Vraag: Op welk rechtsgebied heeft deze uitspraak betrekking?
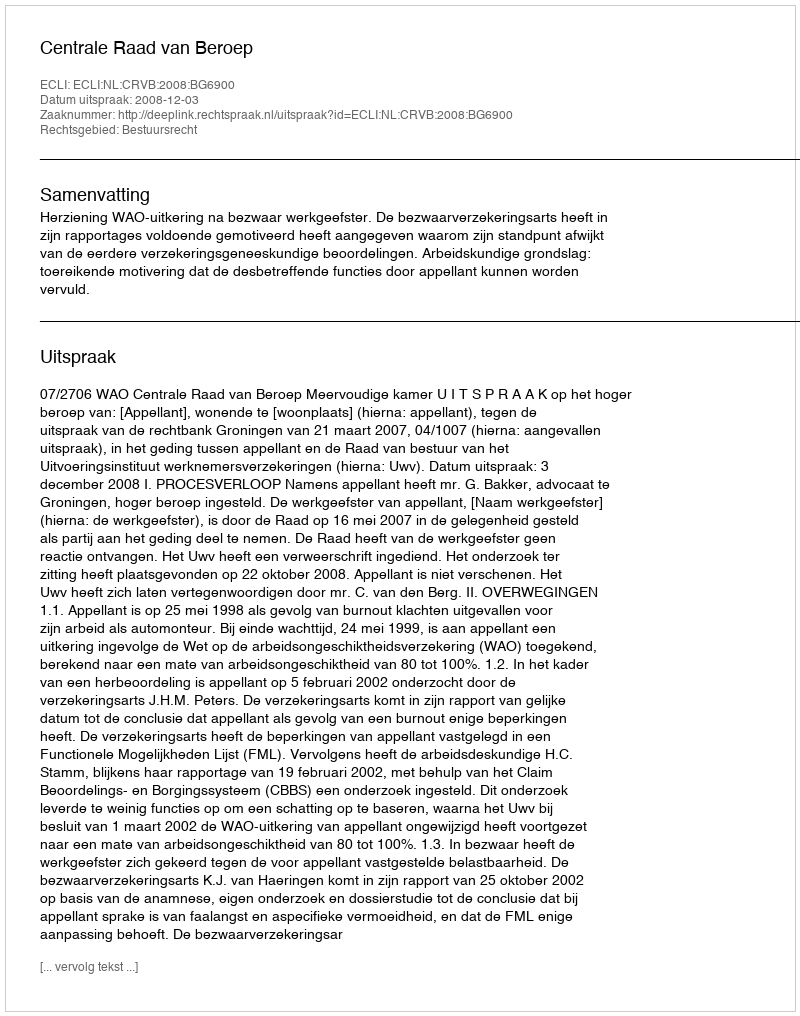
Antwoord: Bestuursrecht